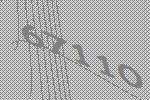
67110